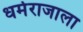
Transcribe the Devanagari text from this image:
धर्मराजाला